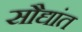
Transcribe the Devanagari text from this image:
सौद्यांत